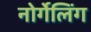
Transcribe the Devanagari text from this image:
नोर्गेलिंग